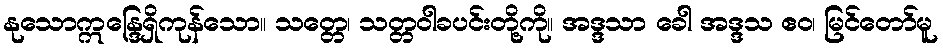
နုသောဣန္ဒြေရှိကုန်သော။ သတ္တေ၊ သတ္တဝါခပင်းတို့ကို။ အဒ္ဒသာ ခေါ အဒ္ဒသ ဧဝ၊ မြင်တော်မူ